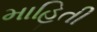
માહિતી